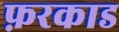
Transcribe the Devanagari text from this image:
फ़रकाड